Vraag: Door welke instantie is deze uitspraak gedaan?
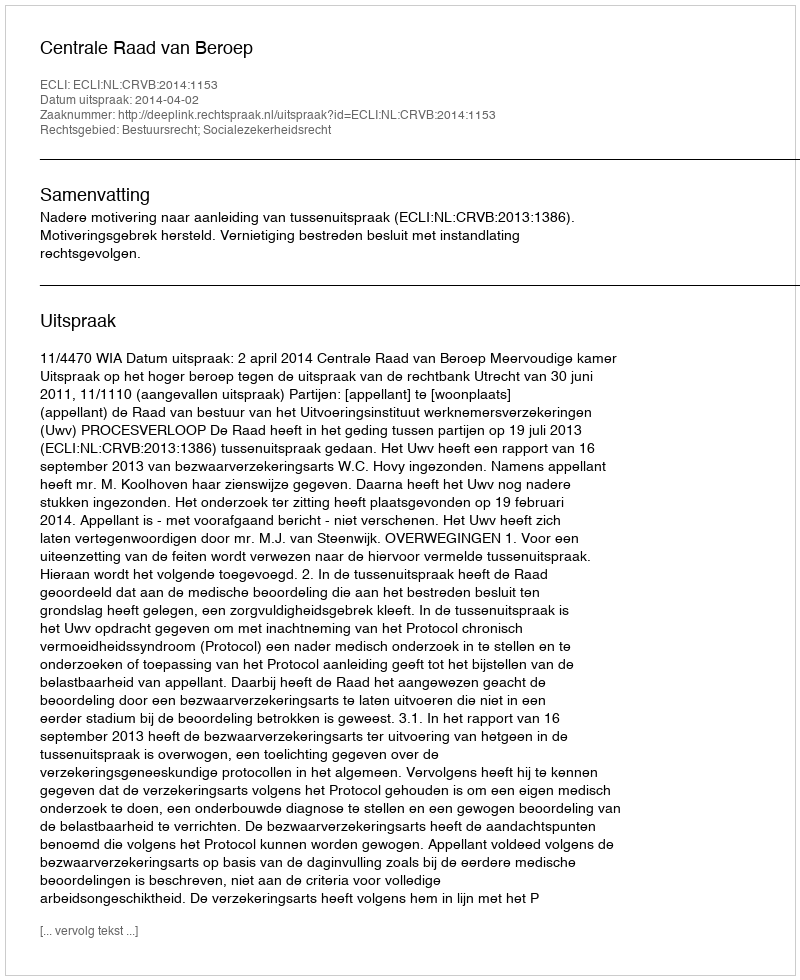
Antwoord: Centrale Raad van Beroep